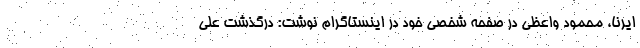
ایرنا، محمود واعظی در صفحه شخصی خود در اینستاگرام نوشت: درگذشت علی